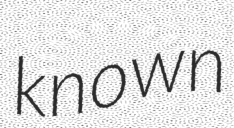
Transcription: known